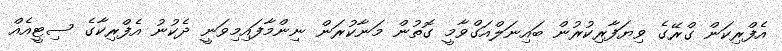
އެފްރިކަން ގްރޭގެ ވިޔަފާރިކުރުން ބައިނަލްއަގްވާމީ ގޮތުން މަނާކުރަން ނިންމާފައިމިވަނީ ދެކުނު އެފްރިކާގެ ސިޓީއެއް